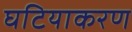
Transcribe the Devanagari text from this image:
घटियाकरण